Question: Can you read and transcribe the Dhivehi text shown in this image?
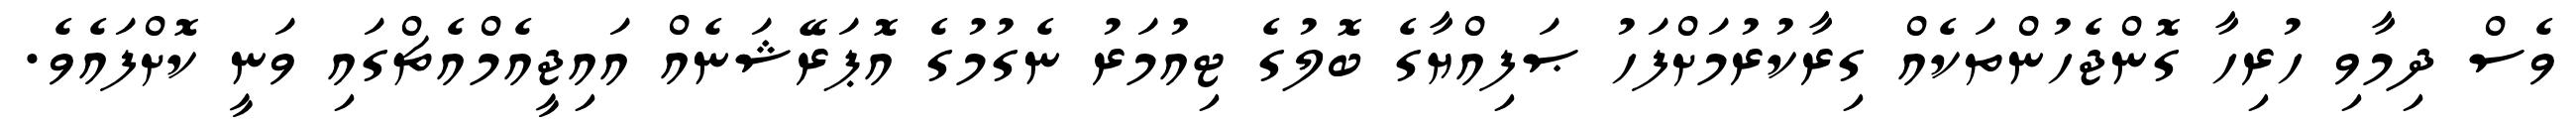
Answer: ވެސް ދިމާވި ހުރިހާ ގޮންޖެހުންތަކެއް ގިރާކުރުމަށްފަހު ޞަފިއްޔާގެ ބޮލުގެ ޓިއުމަރު ނެގުމުގެ އޮޕަރޭޝަނެއް އައިޖީއެމްއެޗްގައި ވަނީ ކޮށްފައެވެ.